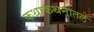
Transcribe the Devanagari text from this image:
कथाकथनातले